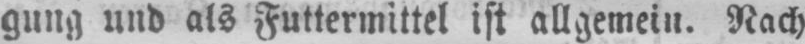
gung und als Futtermittel ist allgemein. Nach